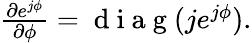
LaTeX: \begin{array}{r}{\frac{\partial e^{j\phi}}{\partial\phi}=\mathrm{~d~i~a~g~}(je^{j\phi}).}\end{array}